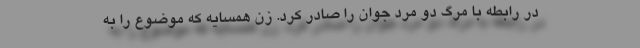
در رابطه با مرگ دو مرد جوان را صادر کرد. زن همسایه که موضوع را به